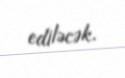
ediləcək.